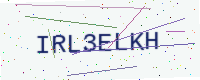
Text: IRL3ELKH